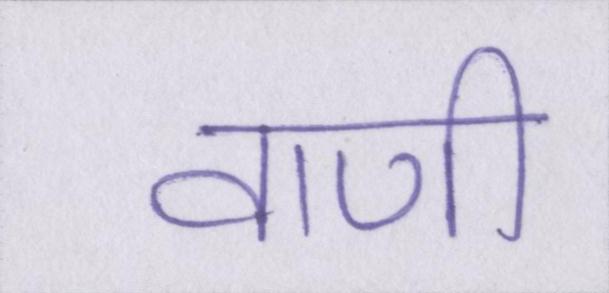
वाणी